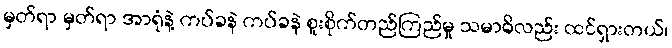
မှတ်ရာ မှတ်ရာ အာရုံနဲ့ ကပ်ခနဲ ကပ်ခနဲ စူးစိုက်တည်ကြည်မှု သမာဓိလည်း ထင်ရှားတယ်၊